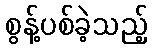
စွန့်ပစ်ခဲ့သည့်